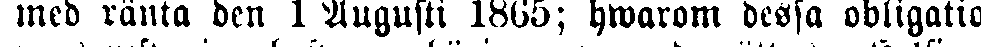
med ränta den 1 Augusti 1865; hwarom dessa obligatio-